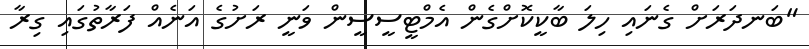
"ބަނދަރަށް ގެނައި ހިލަ ބާކީކޮށްގެން އެމްޓީސީސީން ވަނީ ރަށުގެ އަނެއް ފަރާތުގައި ގިރާ